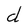
Character: d